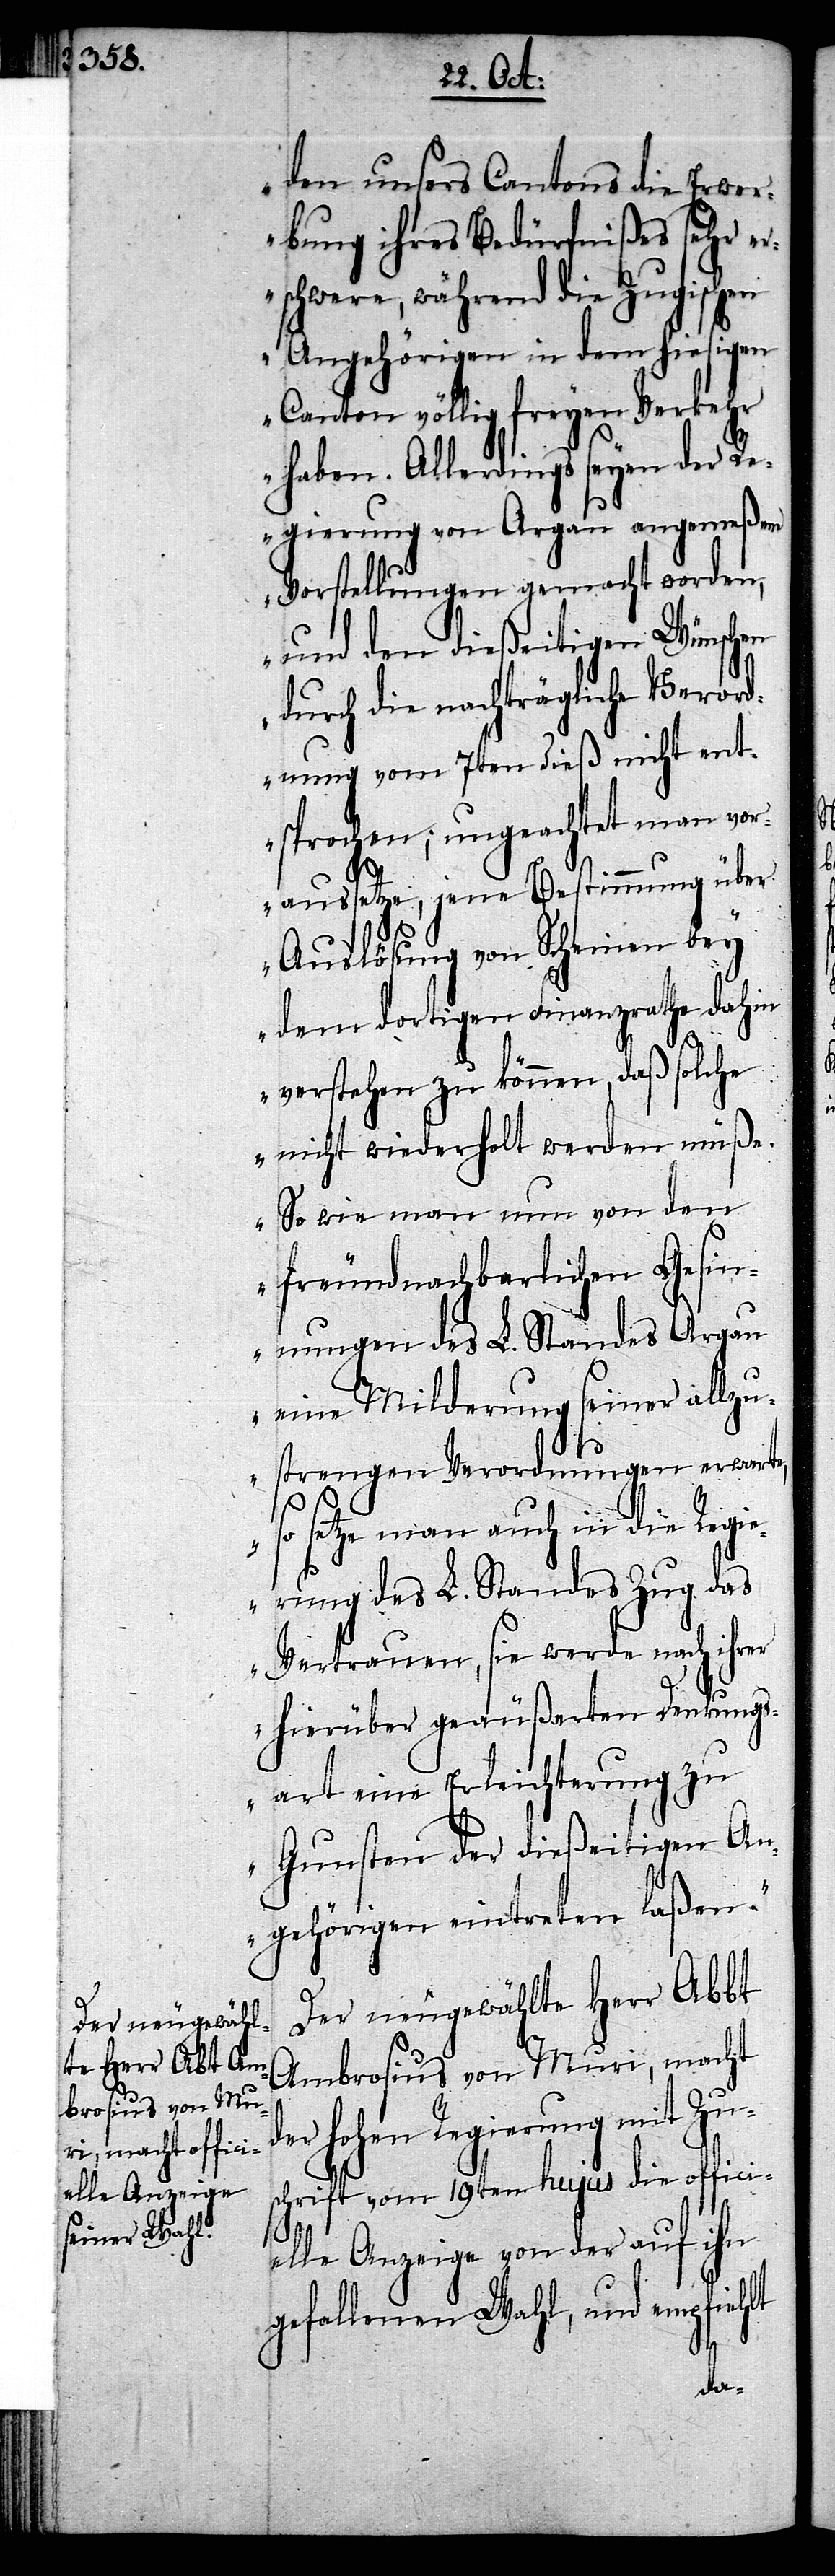
den unsers Cantons die Erwer¬
bung ihres Bedürfnißes sehr e¬
rschwere, während die Zugischen
Angehörigen in dem hiesigen
Canton völlig freyen Verkehr
haben. Allerdings seyen der R¬
egierung von Argau angemeßene
Vorstellungen gemacht worden,
und den dießeitigen Wünschen
durch die nachträgliche Verord¬
nung vom 7ten dieß nicht ent¬
sprochen; ungeachtet man vor¬
aussetze, jene Bestimmung über
Auslösung von Scheinen bey
dem dortigen Finanzrathe dahin
verstehen zu können, daß solche
nicht wiederholt werden müße.
So wie man nun von den
freundnachbarlichen Gesin¬
nungen des L. Standes Argau
eine Milderung seiner allzu¬
strengen Verordnungen erwarte,
so setze man auch in die Regie¬
rung des L. Standes Zug das
Vertrauen, sie werde mach ihrer
hierüber geäußerten Denkungs¬
art eine Erleichterung zu
Gunsten der dießeitigen An¬
gehörigen eintreten laßen.“
Der neugewählte Herr Abbt
Ambrosius von Muri, macht
er hohen Regierung mit Zus¬
chrift vom 19ten hujus die offici¬
elle Anzeige von der auf ihn
gefallenen Wahl, und empfiehlt
d¬